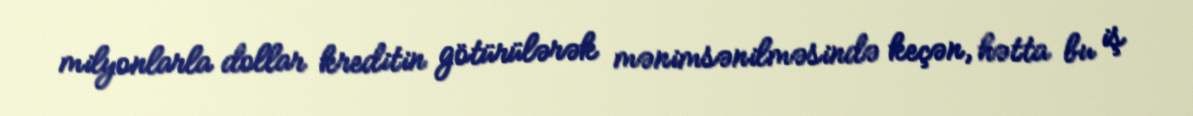
milyonlarla dollar kreditin götürülərək mənimsənilməsində keçən, hətta bu iş